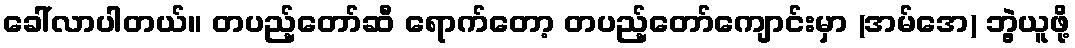
ခေါ်လာပါတယ်။ တပည့်တော်ဆီ ရောက်တော့ တပည့်တော်ကျောင်းမှာ (အမ်အေ) ဘွဲ့ယူဖို့